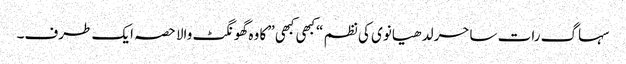
سہاگ رات ساحر لدھیانوی کی نظم “کبھی کبھی” کا وہ گھونگٹ والا حصہ ایک طرف۔